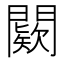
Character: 𨶦